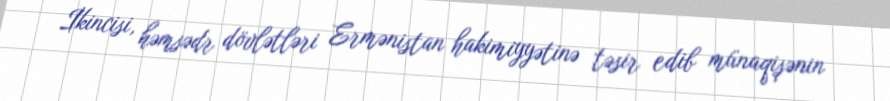
İkincisi, həmsədr dövlətləri Ermənistan hakimiyyətinə təsir edib münaqişənin